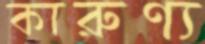
কারুণ্য